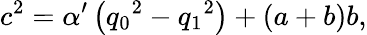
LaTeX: {c^{2}}={\alpha^{\prime}}\left({q_{0}}^{2}-{q_{1}}^{2}\right)+\left(a+b\right)b,